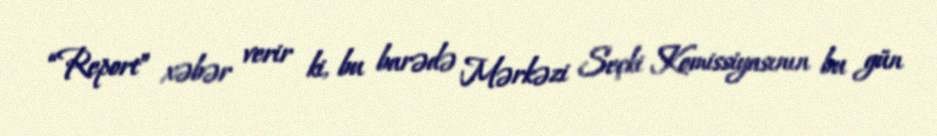
“Report” xəbər verir ki, bu barədə Mərkəzi Seçki Komissiyasının bu gün